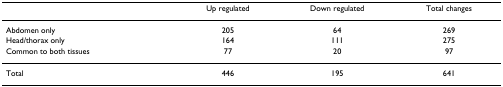
|  | Up regulated | Down regulated | Total changes |
 | --- | --- | --- | --- |
 | Abdomen only | 205 | 64 | 269 |
 | Head/thorax only | 164 | 111 | 275 |
 | Common to both tissues | 77 | 20 | 97 |
 | Total | 446 | 195 | 641 |